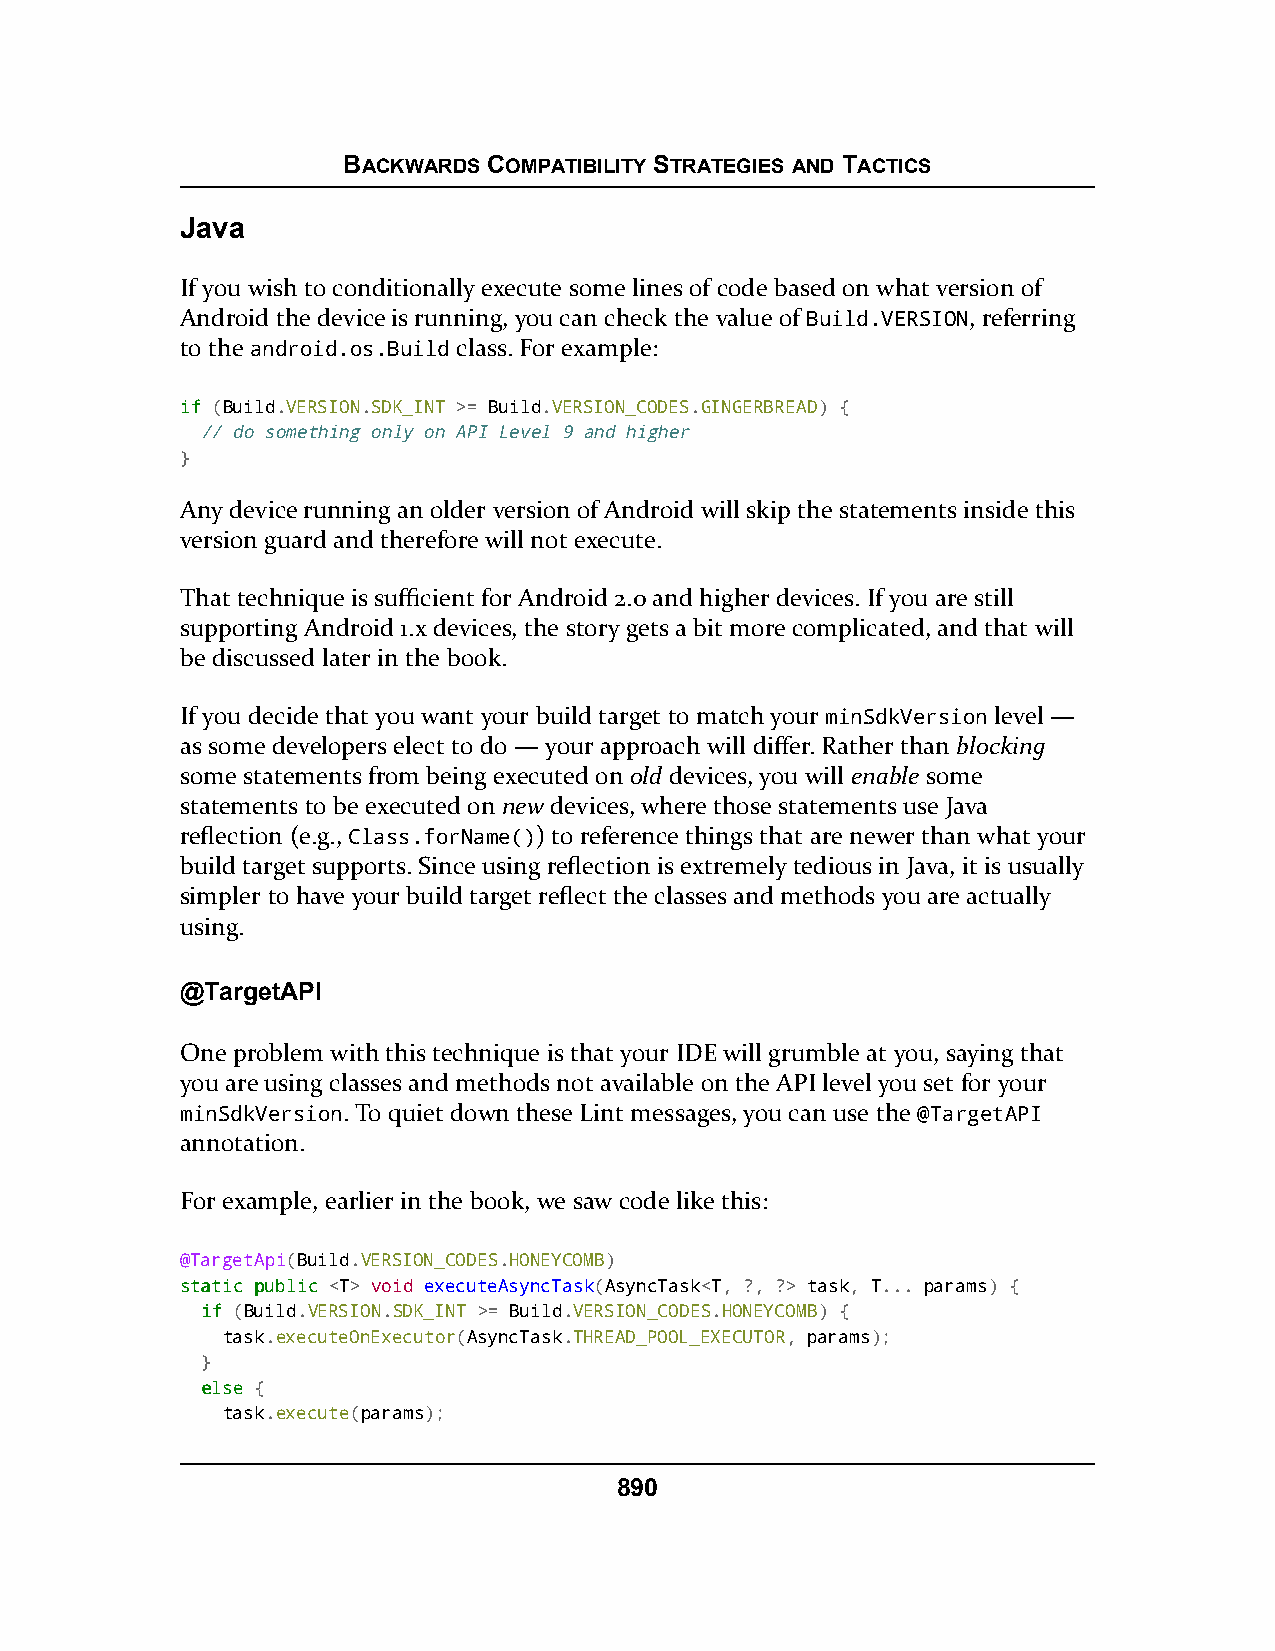
BACKWARDS COMPATIBILITY STRATEGIES AND TACTICS
 Java
 If you wish to conditionally execute some lines of code based on what version of
 Android the device is running, you can check the value of Build.VERSION, referring
 to the android.os.Build class. For example:
 iiff (Build.VERSION.SDK_INT >= Build.VERSION_CODES.GINGERBREAD) {
 // do something only on API Level 9 and higher
 }
 Any device running an older version of Android will skip the statements inside this
 version guard and therefore will not execute.
 That technique is sufficient for Android 2.0 and higher devices. If you are still
 supporting Android 1.x devices, the story gets a bit more complicated, and that will
 be discussed later in the book.
 If you decide that you want your build target to match your minSdkVersion level —
 as some developers elect to do — your approach will differ. Rather than blocking
 some statements from being executed on old devices, you will enable some
 statements to be executed on new devices, where those statements use Java
 reflection (e.g., Class.forName()) to reference things that are newer than what your
 build target supports. Since using reflection is extremely tedious in Java, it is usually
 simpler to have your build target reflect the classes and methods you are actually
 using.
 @TargetAPI
 One problem with this technique is that your IDE will grumble at you, saying that
 you are using classes and methods not available on the API level you set for your
 minSdkVersion. To quiet down these Lint messages, you can use the @TargetAPI
 annotation.
 For example, earlier in the book, we saw code like this:
 @TargetApi(Build.VERSION_CODES.HONEYCOMB)
 ssttaattiicc ppuubblliicc <T> void executeAsyncTask(AsyncTask<T, ?, ?> task, T... params) {
 iiff (Build.VERSION.SDK_INT >= Build.VERSION_CODES.HONEYCOMB) {
 task.executeOnExecutor(AsyncTask.THREAD_POOL_EXECUTOR, params);
 }
 eellssee {
 task.execute(params);
 890